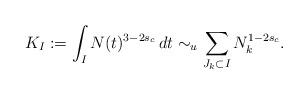
LaTeX: \begin{align*}K_I:=\int_I N(t)^{3-2s_c}\,dt\sim_u \sum_{J_k\subset I} N_k^{1-2s_c}.\end{align*}